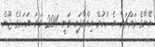
އޭނާގެ މައްޗަށް އެ ހުކުމް އިއްވާފައި ވަނީ 2014 ވަނަ އަހަރުގެ ޖޫން